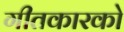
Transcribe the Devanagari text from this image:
गीतकारको